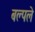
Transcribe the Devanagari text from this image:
बल्पले